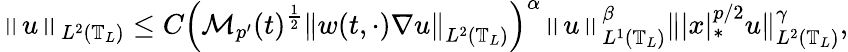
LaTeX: \left\| u\right\| _{L^{2}\left(\mathbb{T}_{L}\right)}\leq C\left(\mathcal{M}_{p^{\prime}}(t)^{\frac 12}\left\| w(t,\cdot)\nabla u\right\| _{L^{2}\left(\mathbb{T}_{L}\right)}\right)^{\alpha}\left\| u\right\| _{L^{1}\left(\mathbb{T}_{L}\right)}^{\beta}\| |x|_{*}^{p/2}u\| _{L^{2}\left(\mathbb{T}_{L}\right)}^{\gamma},